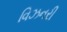
વિઝનરી